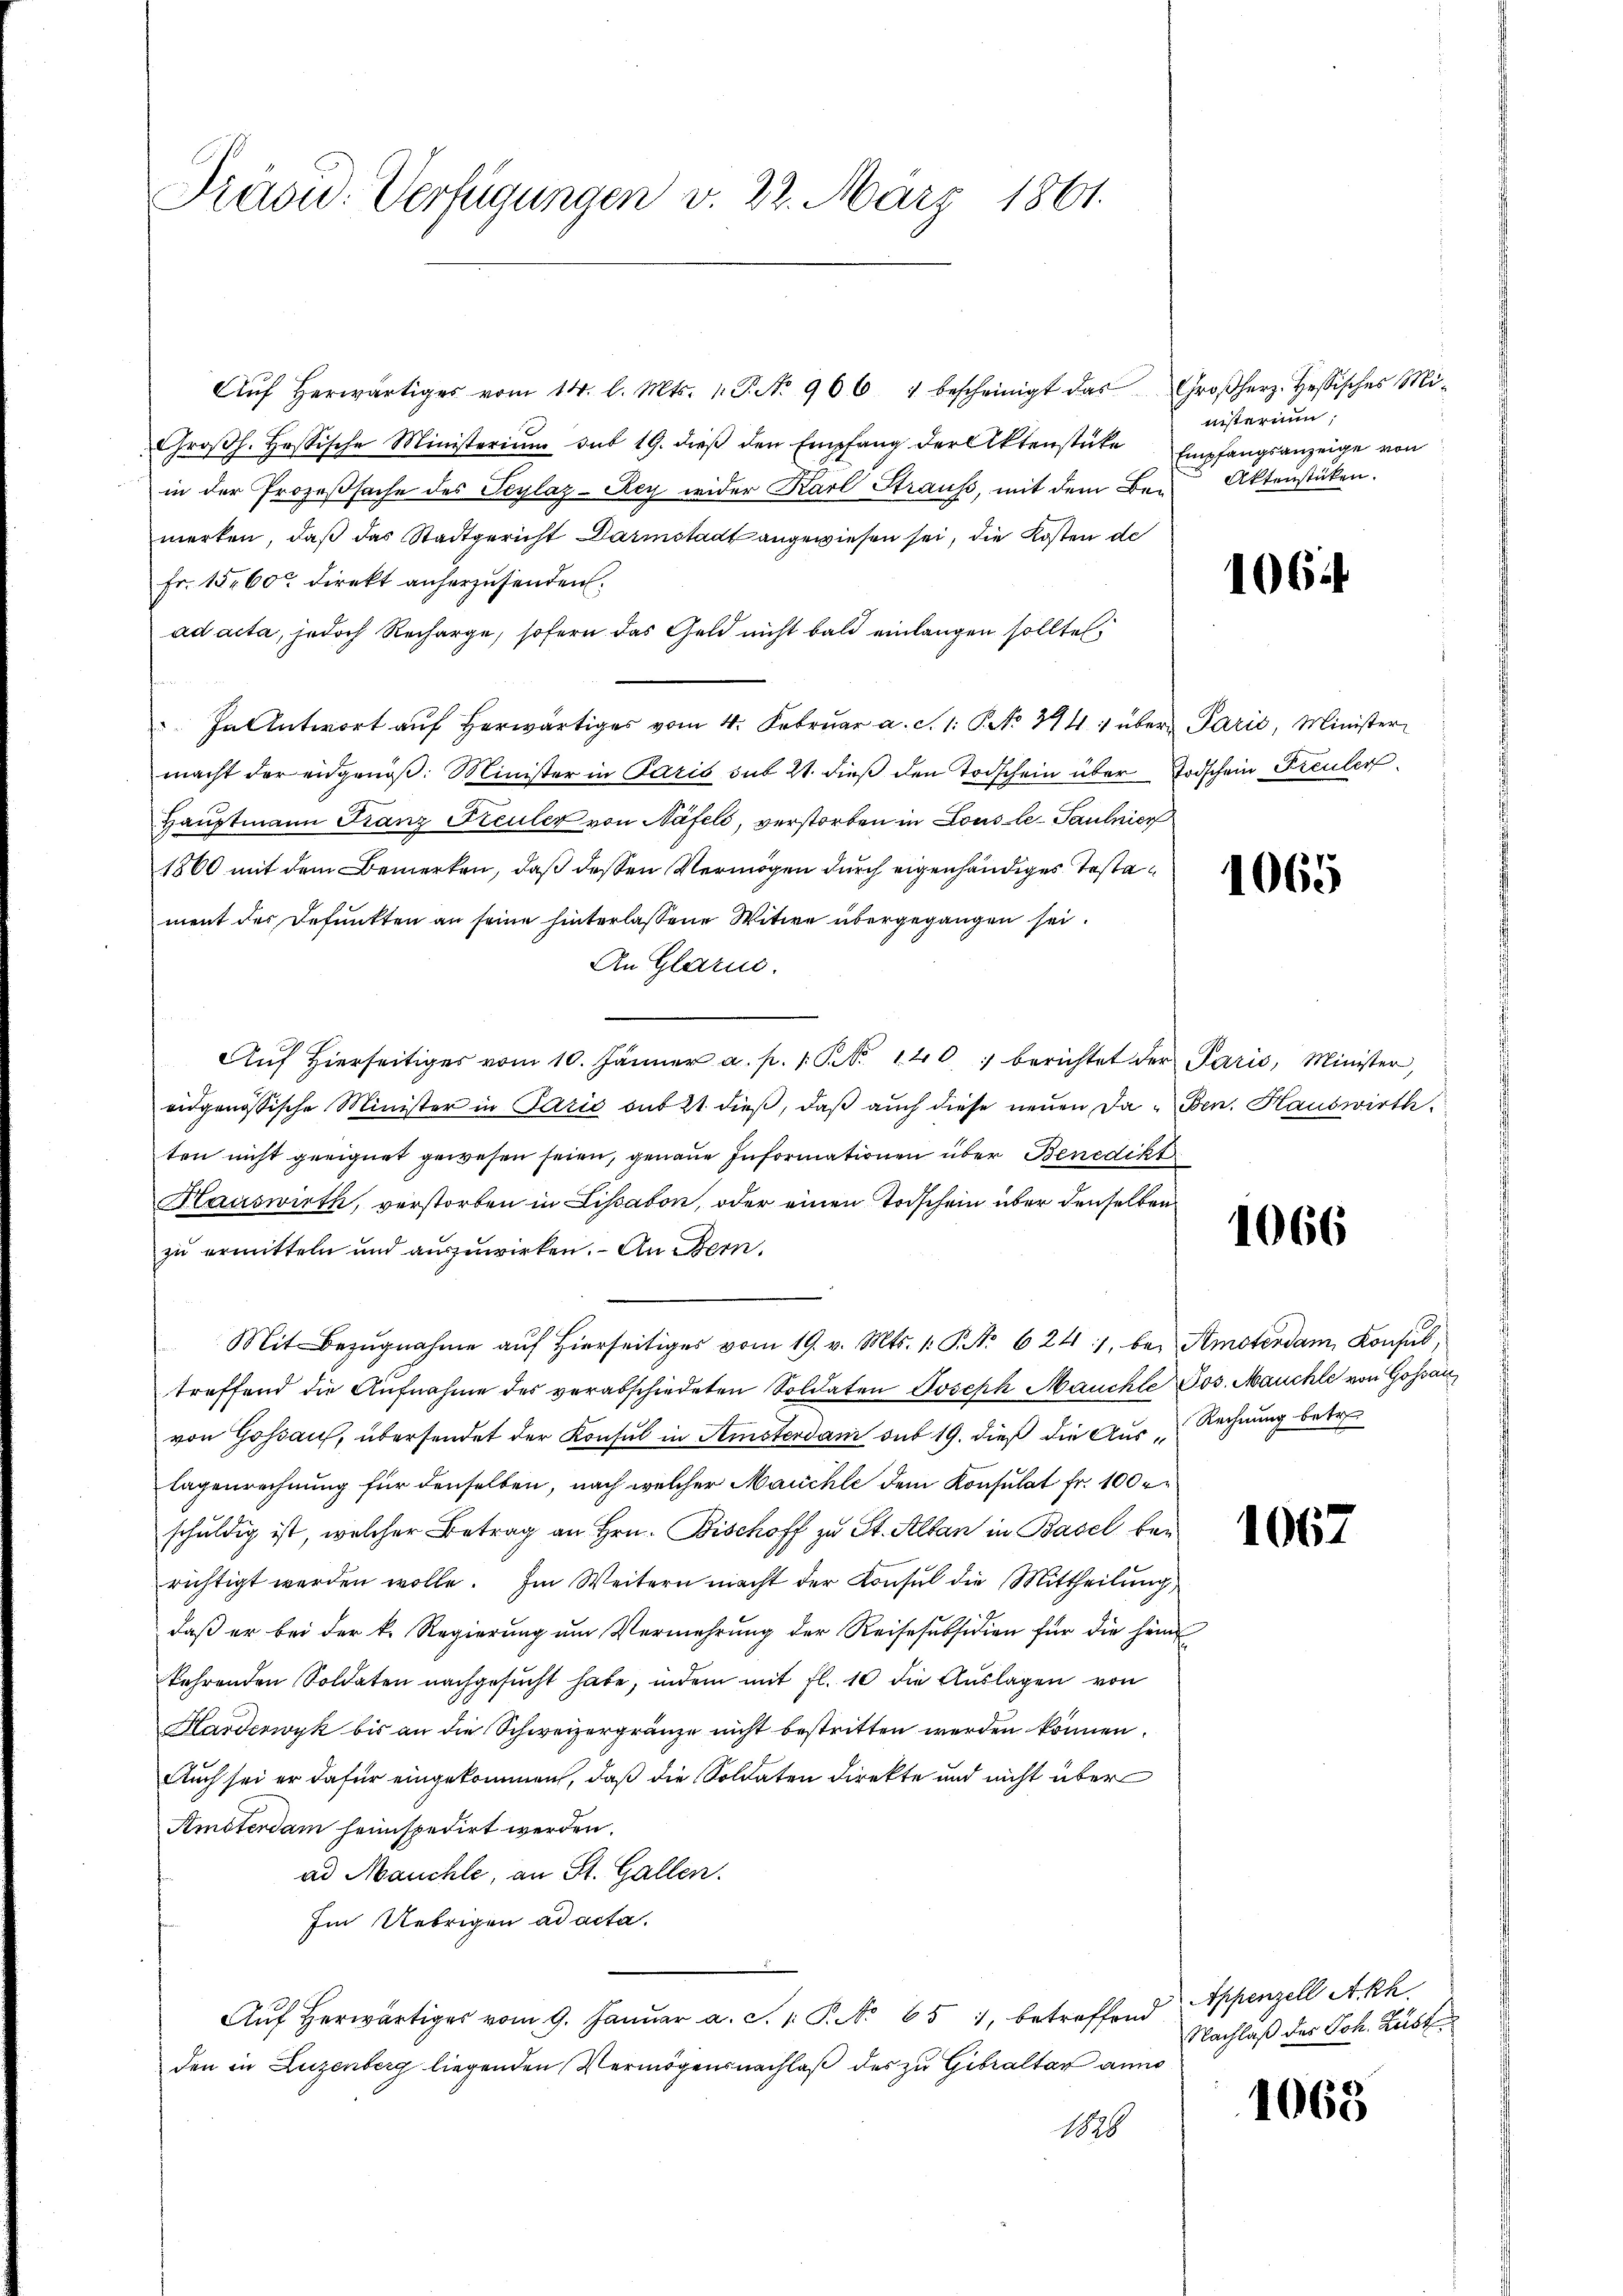
Prävid. Verfügungen v. 22. März 1861.

Aŭf herwärtiges vom 14. l. Mts. 1. P. No 966 1 bescheinigt das Großherz. Hessisches Mi-
Groβh. Hessische Ministerium sub 19. dieβ den Empfang der Aktenstüke Empfangsanzeige von
in der Prozeßsache des Seylaz-Rey wider Karl Strauss, mit dem Bemerken, daß das Stadtgericht Darmstadt angewiesen sei, die Kosten de
Fr. 1560 direkt anherzusenden.
ad acta, jedoch Recharge, sofern das Geld nicht bald einlangen sollte.
In Antwort aŭf herwärtiges vom 4. Febrŭar a. S. 1. P. No 341 über Parić, Minister
macht der eidgenöβ: Minister in Paris sub 21. dieß den Todschein über Todschein Freuler
Hauptmann Franz Preuler von Näfels, verstorben in Lous le Paulnier
1860 mit dem Bemerken, daß dessen Vermögen durch eigenhändiges Testament der defunkten an seine hinterlassene Witwe übergegangen sei.
An Glarm.
Aŭf Hierseitiges vom 10. Jänner a. p. 1. P. Nr. 140. berichtet der Paris, Minister,
eidgenössische Minister in Paris sub 21. dieβ, daβ aŭch diese neuen Da "Ben. Hauswirth
ten nicht geeignet gewesen seien, genaue Informationen über Benedikt
Hauswirth, verstorben in Lisabon, oder einen Todschein über denselben
zu ermitteln und auszuwirken. – An Bern,
Mit Bezŭgnahme aŭf hierseitiger vom 19. v. Mts. 1. P. Nr. 624), bei Amsterdam Konsub,
treffend die Aŭfnahme des verabschiedeten Soldaten Joseph Mauchte Jos. Mauchte von Goßau
von Gossau, übersendet der Konsul in Semsterdani sub 19. dieß die Aus-Rechnung betr.
lagenrechnung für denselben, nach welcher Machte dem Konsulat fr. 100 r
schuldig ist, welcher Betrag an Hrn. Bischoff zu St. Alban in Basel berichtigt werden wolle. Im Weitern macht der Consul die Mittheilŭng
daß er bei der k. Regierŭng ŭm Vermehrŭng der Reise subsidien für die heim
kehrenden Soldaten nachgesucht habe, indem mit fl. 10 die Auslagen von
Harderwyk bis an die Schweizergränze nicht bestritten werden können.
Auch sei er dafür eingekommen, daß die Soldaten Direkte und nicht über
Amsterdam heimspedirt werden.
ad Meuchle, an St. Gallen.
Im Uebrigen ad acta.
Aŭf herwärtiges vom 9. Janŭar a. c. 1. P. No 851, betreffend
den in Luzenberg liegenden Vermögensnachlaß des zu Gibraltar anno
1826

nisterium,
Aktenstücken.

1064

1065

1066

1067

Appenzell A.Rh.
Nachlaß des Joh. Rust

1065